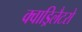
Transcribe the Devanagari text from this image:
क्वाड्रिलैटरो